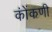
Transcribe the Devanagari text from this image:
कोंंकणी